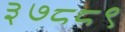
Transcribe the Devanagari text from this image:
३७८८९